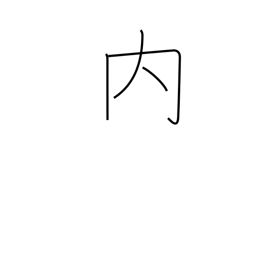
Meaning: among